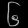
Digit: ၆